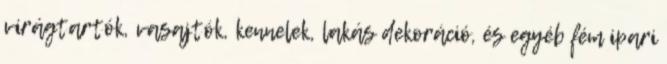
virágtartók, vasajtók, kennelek, lakás dekoráció, és egyéb fém ipari